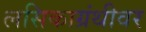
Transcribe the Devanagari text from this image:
लसिकाग्रंथीवर